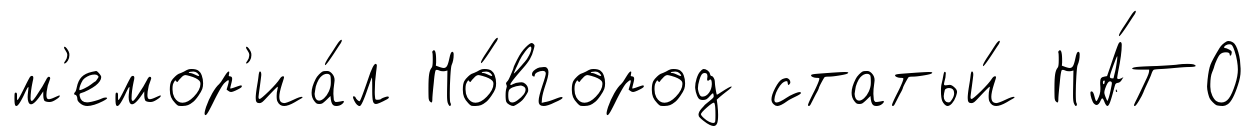
м'емор'иа́л Но́вгород статьи́ НА́ТО